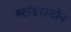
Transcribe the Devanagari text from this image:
ब्लंडरस्टोन